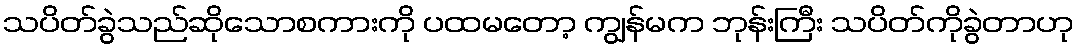
သပိတ်ခွဲသည်ဆိုသောစကားကို ပထမတော့ ကျွန်မက ဘုန်းကြီး သပိတ်ကိုခွဲတာဟု